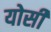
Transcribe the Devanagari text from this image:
योसी